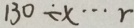
1 3 0 \div x \cdots r